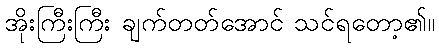
အိုးကြီးကြီး ချက်တတ်အောင် သင်ရတော့၏။